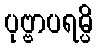
ပုဗ္ဗာပရမ္ပိ